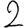
Digit: 2